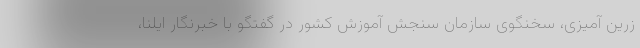
زرین آمیزی، سخنگوی سازمان سنجش آموزش کشور در گفتگو با خبرنگار ایلنا،